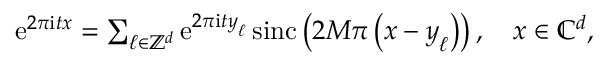
\begin{array} { r } { \mathrm e ^ { 2 \pi \mathrm i \boldsymbol t \boldsymbol x } = \sum _ { \boldsymbol \ell \in \mathbb Z ^ { d } } \mathrm e ^ { 2 \pi \mathrm i \boldsymbol t \boldsymbol y _ { \boldsymbol \ell } } \, \mathrm { s i n c } \left( 2 M \pi \left( \boldsymbol x - \boldsymbol y _ { \boldsymbol \ell } \right) \right) , \quad \boldsymbol x \in \mathbb C ^ { d } , } \end{array}